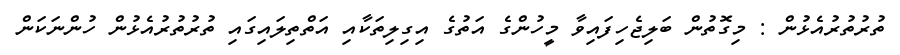
ތުރުތުރުއެޅުން : މިގޮތުން ބަލިޖެހިފައިވާ މީހުންގެ އަތުގެ އިގިލިތަކާއި އަތްތިލައިގައި ތުރުތުރުއެޅުން ހުންނަކަން